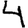
Digit: 4